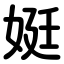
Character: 娗